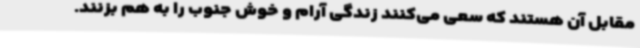
مقابل آن هستند که سعی می‌کنند زندگی آرام و خوش جنوب را به هم بزنند.